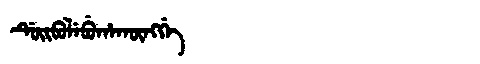
Manchu: ᡩᡠᡳᠪᡠᠯᡝᠪᡠᡥᠠᡴᡡᠩᡤᡝ
Romanization: DUIBULEBUHAKŪNGGE